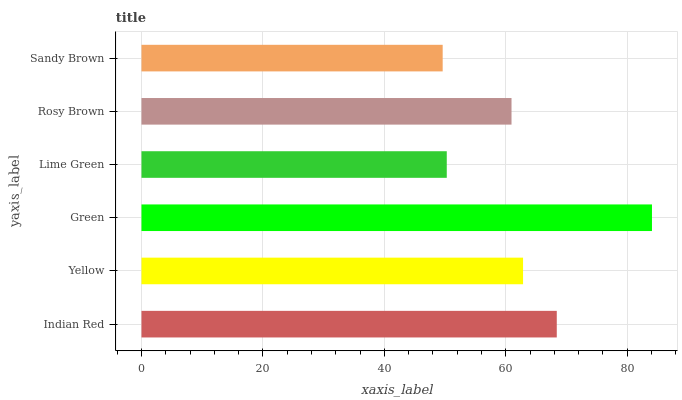
| yaxis_label | bars |
 | --- | --- |
 | Indian Red | 68.4 |
 | Yellow | 62.8 |
 | Green | 84.1 |
 | Lime Green | 50.3 |
 | Rosy Brown | 60.9 |
 | Sandy Brown | 49.6 |